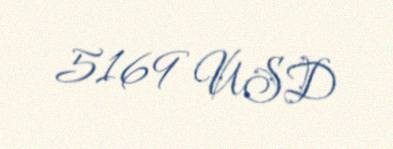
5169 USD